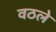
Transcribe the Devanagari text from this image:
वठले